Lunatic asylums in Bengal annual reports 1912-1924 - 1912-1924
Year: 1912
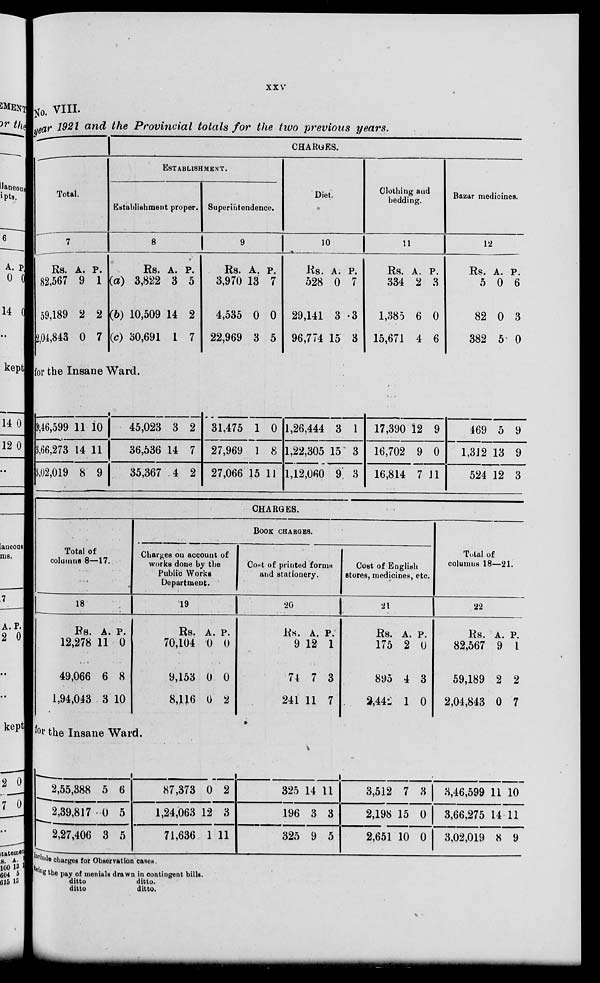
xxv
No. VIII.
year 1921 and the Provincial totals for the two previous years.
Total.
7
Rs.
82,567
59,189
2,04,843
A.
9
2
0
P.
1
2
7
CHARGES.
ESTABLISHMENT.
Establishment proper.
8
Rs.
(a) 3,822
(b) 10,509
(c) 30,691
A.
3
14
1
P.
5
2
7
for the Insane Ward.
3,46,599
3,66,273
3,02,019
11
14
8
10
11
9
45,023
36,536
35,367
3
14
4
2
7
2
Superintendence.
9
Rs.
3,970
4,535
22,969
A.
13
0
3
P.
7
0
5
31,475
27,969
27,066
1
1
15
0
8
11
Diet.
10
Rs.
528
29,141
96,774
A.
0
3
15
P.
7
.3
3
1,26,444
1,22,305
1,12,060
3
15
9
1
3
3
Clothing and
bedding.
11
Rs.
334
1,385
15,671
A.
2
6
4
P.
3
0
6
17,390
16,702
16,814
12
9
7
9
0
11
Bazar medicines.
12
Rs.
5
82
382
A.
0
0
5
P.
6
3
0
469
1,312
524
5
13
12
9
9
3
CHARGES.
Total of
columns 8—17.
18
Rs.
12,278
49,066
1,94,043
A.
11
6
3
P.
0
8
10
BOOK CHARGES.
Charges on account of
works done by the
Public Works
Department.
19
Rs.
70,104
9,153
8,116
A.
0
0
0
P.
0
0
2
for the Insane Ward.
2,55,388
2,39,817
2,27,406
5
0
3
6
5
5
87,373
1,24,063
71,636
0
12
1
2
3
11
Cost of printed forms
and stationery.
20
Rs.
9
74
241
A.
12
7
11
P.
1
3
7
325
196
325
14
3
9
11
3
5
Cost of English
stores, medicines, etc.
21
Rs.
175
895
2,442
A.
2
4
1
P.
0
3
0
Total of
columns 18—21.
22
Rs.
82,567
59,189
2,04,843
A.
9
2
0
P.
1
2
7
3,512
2,198
2,651
7
15
10
3
0
0
3,46,599
3,66,275
3,02,019
11
14
8
10
11
9
include charges for Observation cases.
Showing
the pay of menials drawn in contingent bills.
ditto
ditto.
ditto
ditto.